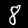
Digit: 8